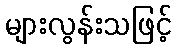
များလွန်းသဖြင့်